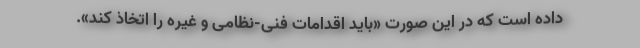
داده است که در این صورت «باید اقدامات فنی-نظامی و غیره را اتخاذ کند».